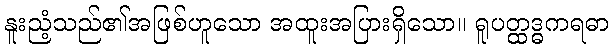
နူးညံ့သည်၏အဖြစ်ဟူသော အထူးအပြားရှိသော။ ရူပတ္ထဒ္ဓကရဓာ